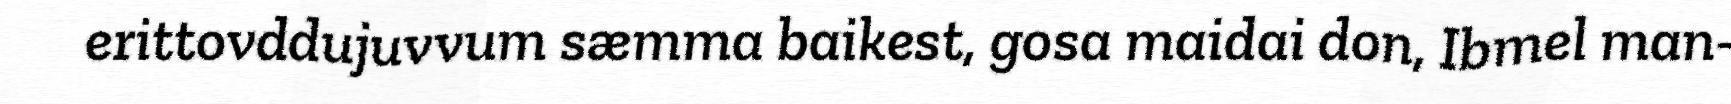
erittovddujuvvum sæmma baikest, gosa maidai don, Ibmel man-